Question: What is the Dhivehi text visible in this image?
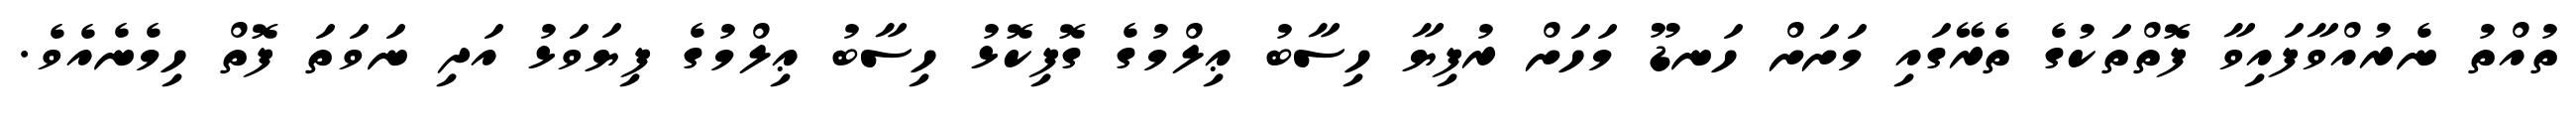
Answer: ތުއްތު ނެރުއްވާފައިވާ ފޮތްތަކުގެ ތެރޭގައި މަށަށް ހަނޑޫ މަހަށް ރުފިޔާ ހިސާބު ޢިލްމުގެ ގޮފިކޮޅު ހިސާބު ޢިލްމުގެ ފިޔަވަޅު އަދި ނަވަތަ ފޮތް ހިމެނެއެވެ.